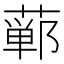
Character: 𫟕